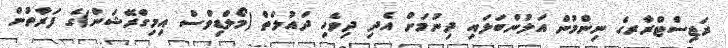
ރަޖިސްޓްރާރގެ ނިންމުން އަލުންބަލައި ދިނުމަށް އެދި ދިވެހި ދައުލަތް (މޯލްޑިވްސް އިމިގްރޭޝަން)ގެ ފަރާތުން